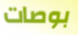
بوصات